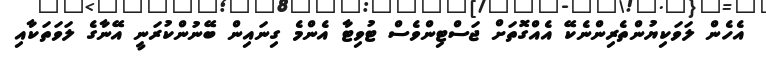
އެހެން ލަވަކިޔުންތެރިންނެކޭ އެއްގޮތަށް ޖަސްޓިންވެސް ޓުވިޓާ އެންމެ ގިނައިން ބޭނުންކުރަނީ އޭނާގެ ލަވަތަކާއި